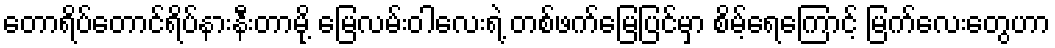
တောရိပ်တောင်ရိပ်နားနီးတာမို့ မြေလမ်းဝါလေးရဲ့ တစ်ဖက်မြေပြင်မှာ စိမ့်ရေကြောင့် မြက်လေးတွေဟာ